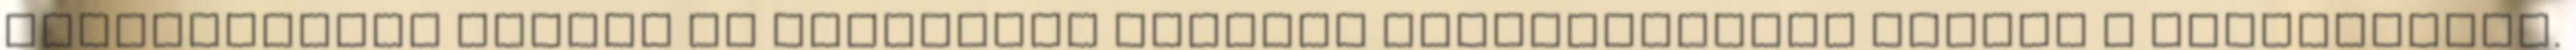
álláskeresők között az általános iskolai végzettségűek aránya a legmagasabb.